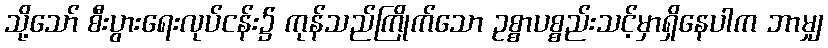
သို့သော် စီးပွားရေးလုပ်ငန်း၌ ကုန်သည်ကြိုက်သော ဥစ္စာပစ္စည်းသင့်မှာရှိနေပါက ဘာမျှ